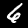
Digit: 6